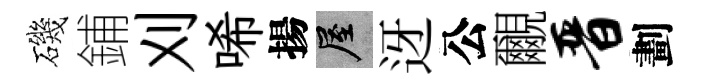
磯鋪刈唏揚屋迓公覼晋劃